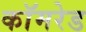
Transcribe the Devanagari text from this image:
काॅमरेड